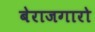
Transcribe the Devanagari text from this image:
बेराजगारो